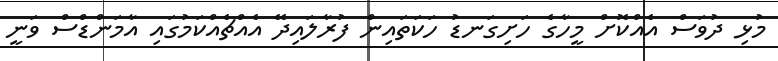
މުޅި ދުވަސް އެއްކޮށް މީހާގެ ހަށިގަނޑު ހަކަތައިން ފުރާލައިދޭ އެއްޗެއްކަމުގައި އާމަންޑްސް ވަނީ